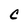
Character: C